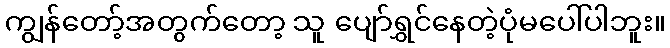
ကျွန်တော့်အတွက်တော့ သူ ပျော်ရွှင်နေတဲ့ပုံမပေါ်ပါဘူး။